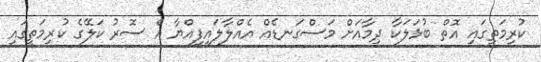
ކުރިމަތީގައި އޮތް ބުޅަލަކާ ދިމާއަށް މަސްގަނޑެއް އެއްލާލައިފިއްޔާ އެ ސޮރު ކަލޭގެ ކުރިމަތީގައި